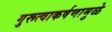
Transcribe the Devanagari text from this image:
गुरूत्वाकर्षणामुळे